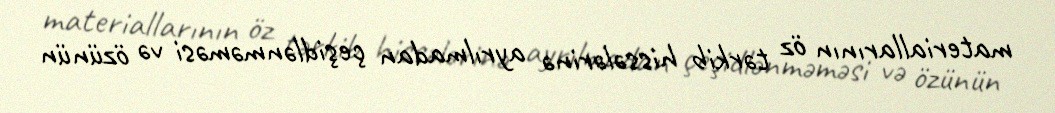
materiallarının öz tərkib hissələrinə ayrılmadan çeşidlənməməsi və özünün